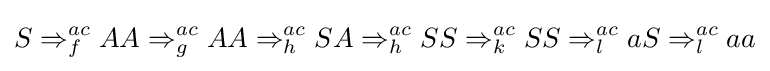
S\Rightarrow _{f}^{ac}AA\Rightarrow _{g}^{ac}AA\Rightarrow _{h}^{ac}SA\Rightarrow _{h}^{ac}SS\Rightarrow _{k}^{ac}SS\Rightarrow _{l}^{ac}aS\Rightarrow _{l}^{ac}aa